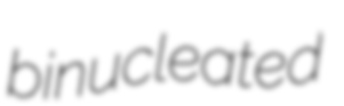
binucleated